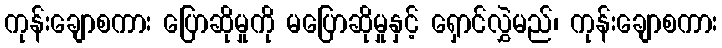
ကုန်းချောစကား ပြောဆိုမှုကို မပြောဆိုမှုနှင့် ရှောင်လွှဲမည်၊ ကုန်းချောစကား